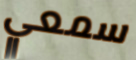
سمعي